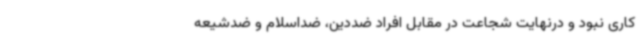
کاری نبود و درنهایت شجاعت در مقابل افراد ضددین، ضداسلام و ضدشیعه